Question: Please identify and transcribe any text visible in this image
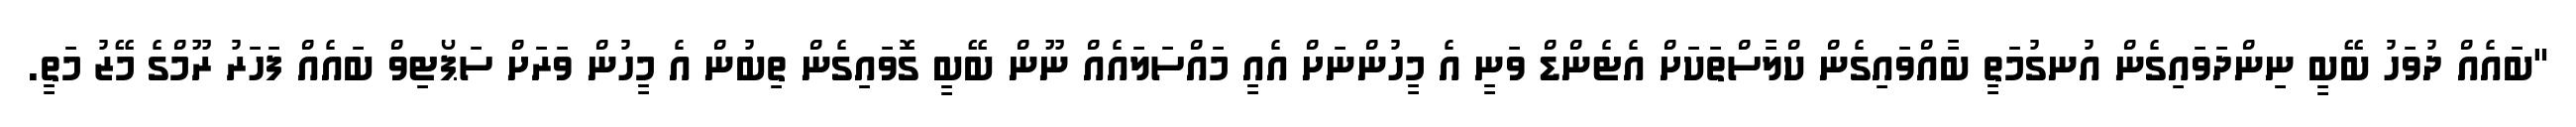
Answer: "ބައެއް ދުވަހު ބޭބީ ނިންދަވައިގެން އުނގުމަތީ ބާއްވައިގެން ކްލާސްތަކަށް އެޓެންޑް ވަނީ އެ މީހުންނަށް އެއީ މައްސަލައެއް ނޫން ބޭބީ ގޮވައިގެން ތިބުން އެ މީހުން ވަރަށް ސަޕޯޓިވް ބައެއް ފަހަރު ރޫމްގެ މޭޒު މަތީ.